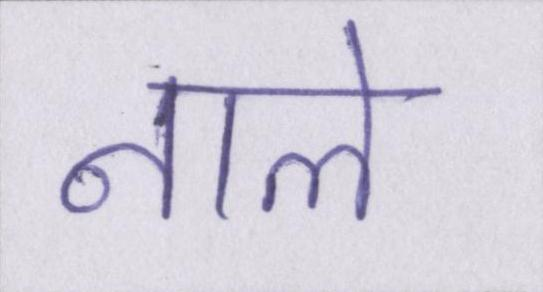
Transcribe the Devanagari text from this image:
नाले